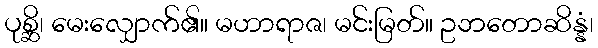
ပုစ္ဆိ၊ မေးလျှောက်၏။ မဟာရာဇ၊ မင်းမြတ်။ ဥဘတောဆိန္နံ၊